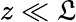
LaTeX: z\ll\mathfrak{L}